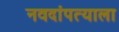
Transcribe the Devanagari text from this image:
नवदांपत्याला